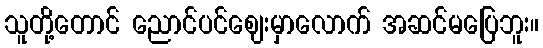
သူတို့တောင် ညောင်ပင်ဈေးမှာလောက် အဆင်မပြေဘူး။